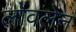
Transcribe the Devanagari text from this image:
लोवलेन